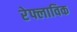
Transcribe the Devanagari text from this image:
रेफ्लाविक